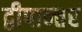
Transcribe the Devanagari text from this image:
द्वीपान्तर